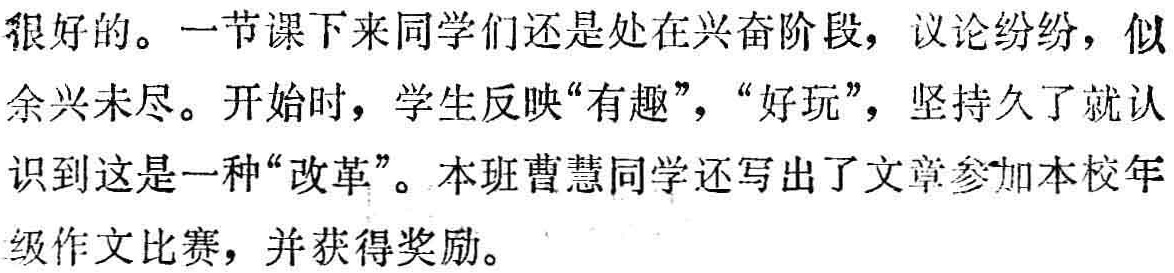
很好的。一节课下来同学们还是处在兴奋阶段，议论纷纷，似

余兴未尽。开始时，学生反映“有趣”，“好玩”，坚持久了就认

识到这是一种“改革”。本班曹慧同学还写出了文章参加本校年

级作文比赛，并获得奖励。